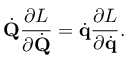
{ \dot { \mathbf { Q } } } { \frac { \partial L } { \partial { \dot { \mathbf { Q } } } } } = { \dot { \mathbf { q } } } { \frac { \partial L } { \partial { \dot { \mathbf { q } } } } } .